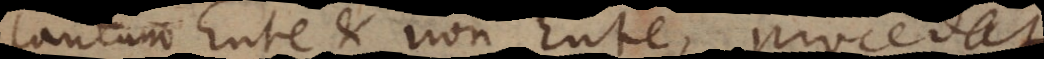
tantum Ente et non Ente, procedat